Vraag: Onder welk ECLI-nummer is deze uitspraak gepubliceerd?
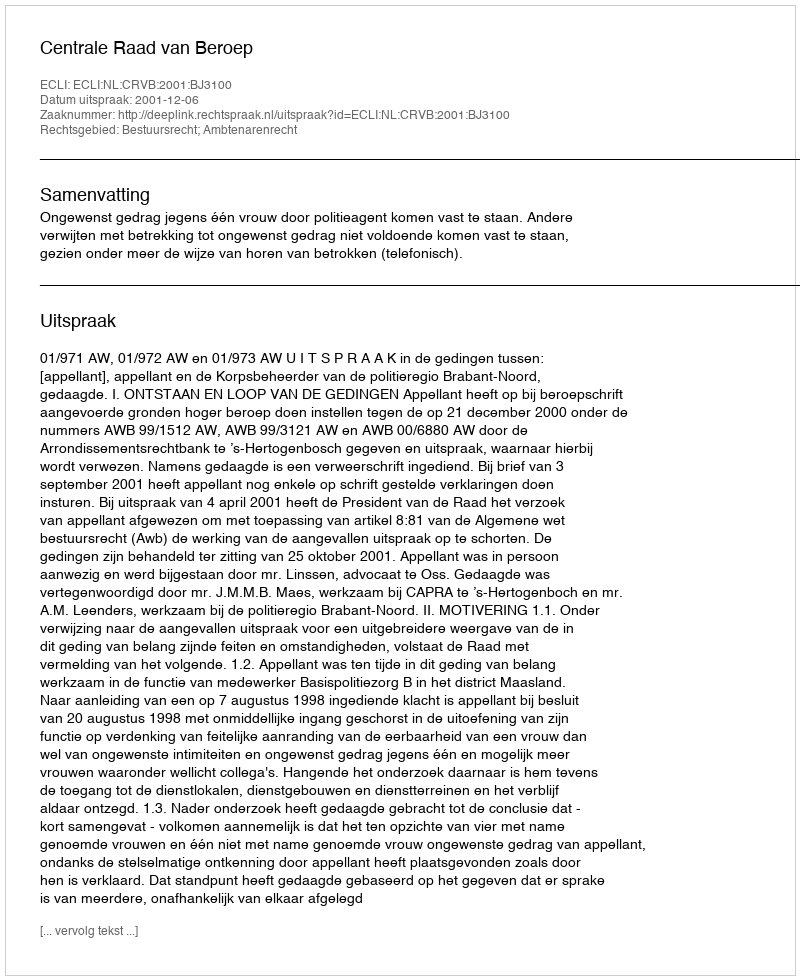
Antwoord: ECLI:NL:CRVB:2001:BJ3100